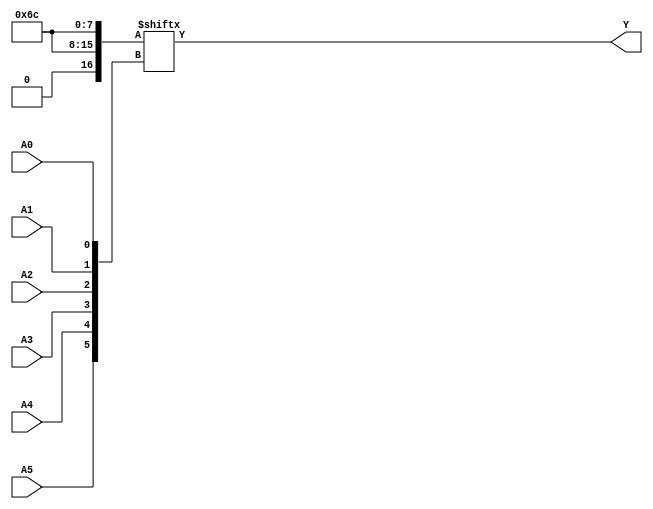
module kmap_6var (
    input wire A5, A4, A3, A2, A1, A0,  // Six input variables
    output wire Y                       // Output Y representing the minimized function
);

    // K-map implementation using a combinational logic approach
    // The K-map is organized based on the Gray code for the rows and columns.
    // The following example assumes a predefined K-map filled with logic values.
    
    wire [63:0] kmap; // 64 cells for the 6-variable K-map

    // Populate the K-map with 1s and 0s based on the desired function
    // This should be modified according to the specific function you want to implement.
    assign kmap[0]  = 1'b0;  // A5 A4 A3 A2 A1 A0 = 000000
    assign kmap[1]  = 1'b0;  // 000001
    assign kmap[2]  = 1'b1;  // 000010
    assign kmap[3]  = 1'b1;  // 000011
    assign kmap[4]  = 1'b0;  // 000100
    assign kmap[5]  = 1'b1;  // 000101
    assign kmap[6]  = 1'b1;  // 000110
    assign kmap[7]  = 1'b0;  // 000111
    // ... Fill in the rest of the K-map cells according to the truth table
    assign kmap[63] = 1'b0;  // A5 A4 A3 A2 A1 A0 = 111111

    // Determine the output Y based on the K-map
    // The row index is determined by A5 and A4, and the column index by A3, A2, A1, A0
    assign Y = kmap[{A5, A4, A3, A2, A1, A0}];

endmodule